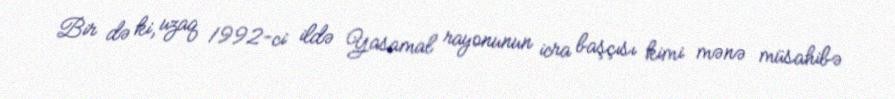
Bir də ki, uzaq 1992-ci ildə Yasamal rayonunun icra başçısı kimi mənə müsahibə